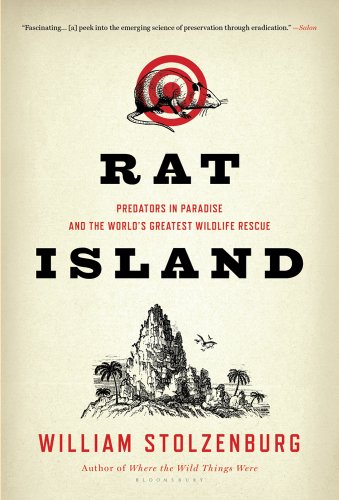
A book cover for Rat Island: Predators in Paradise and the World's Greatest Wildlife Rescue; William Stolzenburg; Science & Math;